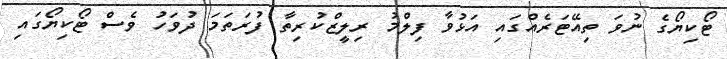
ޓޯކިޔޯގެ ނުވަ ތިއޭޓަރެއްގައި އަޅުވާ ފިލްމު ރިލީޒްކުރިތާ ފުރަތަމަ ދުވަހު ވެސް ޓޯކިޔޯގައި